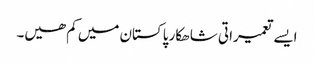
ایسے تعمیراتی شاھکار پاکستان میں کم ھیں۔